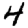
Digit: 4